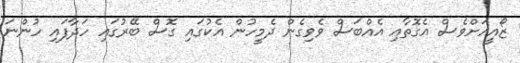
ޒޯއީއަށްވެސް އެގޮތާއި އެއްބަސް ވެވިގެން ދެމީހުން އެކުގައި ގޮސް ބޭރުގައި ހަދާފައި ހުންނަ